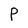
Character: p